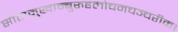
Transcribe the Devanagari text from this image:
सीतामुखाम्बुरुहलोचनचञ्चरीक।